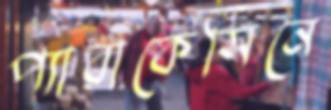
প্যারাকেসিনে